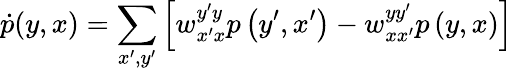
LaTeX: \dot{p}(y,x)=\sum_{x^{\prime},y^{\prime}}\left[w_{x^{\prime}x}^{y^{\prime}y}p\left(y^{\prime},x^{\prime}\right)-w_{xx^{\prime}}^{yy^{\prime}}p\left(y,x\right)\right]